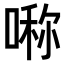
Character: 𠺰